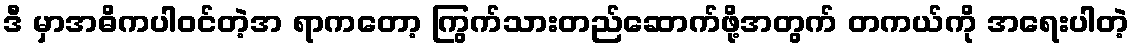
ဒီ မှာအဓိကပါဝင်တဲ့အ ရာကတော့ ကြွက်သားတည်ဆောက်ဖို့အတွက် တကယ်ကို အရေးပါတဲ့